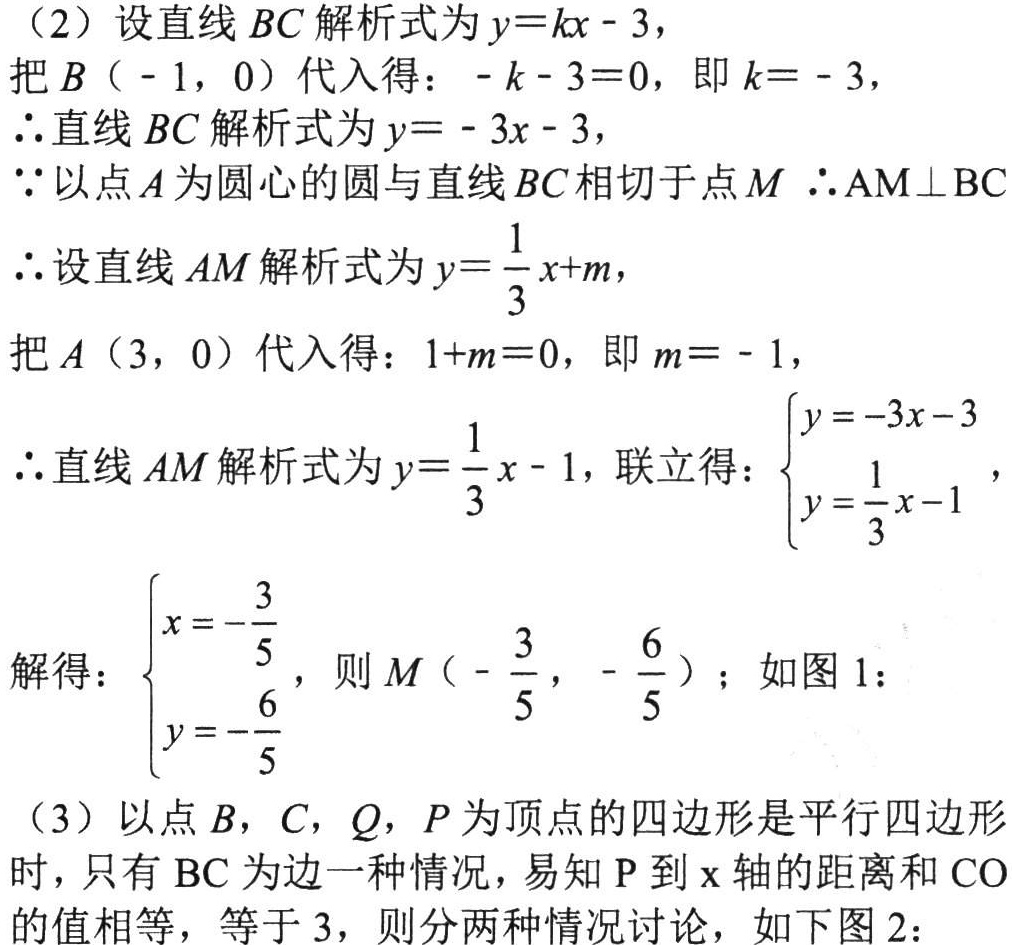
（2）设直线\(BC\)解析式为\(y = kx - 3\)，
把\(B（ - 1,0）\)代入得：\(-k - 3 = 0\)，即\(k = - 3\)，
\(\therefore\)直线\(BC\)解析式为\(y = - 3x - 3\)，
\(\because\)以点\(A\)为圆心的圆与直线\(BC\)相切于点\(M\) \(\therefore AM\perp BC\)
\(\therefore\)设直线\(AM\)解析式为\(y=\frac{1}{3}x + m\)，
把\(A（3,0）\)代入得：\(1 + m = 0\)，即\(m = - 1\)，
\(\therefore\)直线\(AM\)解析式为\(y=\frac{1}{3}x - 1\)，联立得：\(\begin{cases}y = - 3x - 3\\y=\frac{1}{3}x - 1\end{cases}\)，
解得：\(\begin{cases}x = -\frac{3}{5}\\y = -\frac{6}{5}\end{cases}\)，则\(M（-\frac{3}{5},-\frac{6}{5}）\)；如图 1：
（3）以点\(B\)，\(C\)，\(Q\)，\(P\)为顶点的四边形是平行四边形时，只有\(BC\)为边一种情况，易知\(P\)到\(x\)轴的距离和\(CO\)的值相等，等于\(3\)，则分两种情况讨论，如下图 2：